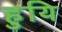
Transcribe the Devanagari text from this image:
हुयि